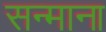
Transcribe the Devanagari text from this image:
सन्माना